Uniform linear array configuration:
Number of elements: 4
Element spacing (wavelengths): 0.75
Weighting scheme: hann
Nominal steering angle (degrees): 15
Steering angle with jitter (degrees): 16.831
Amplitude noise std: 0.05
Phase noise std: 0.05

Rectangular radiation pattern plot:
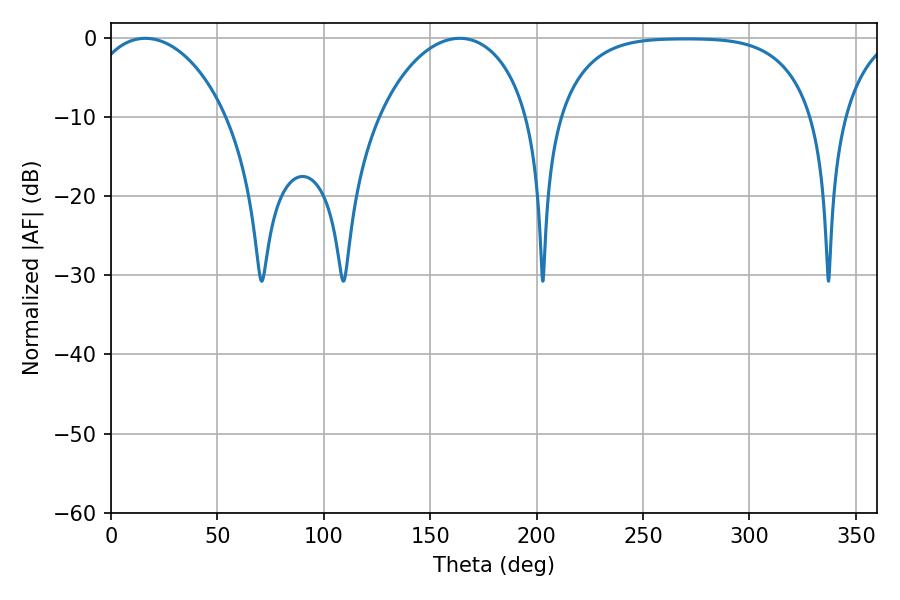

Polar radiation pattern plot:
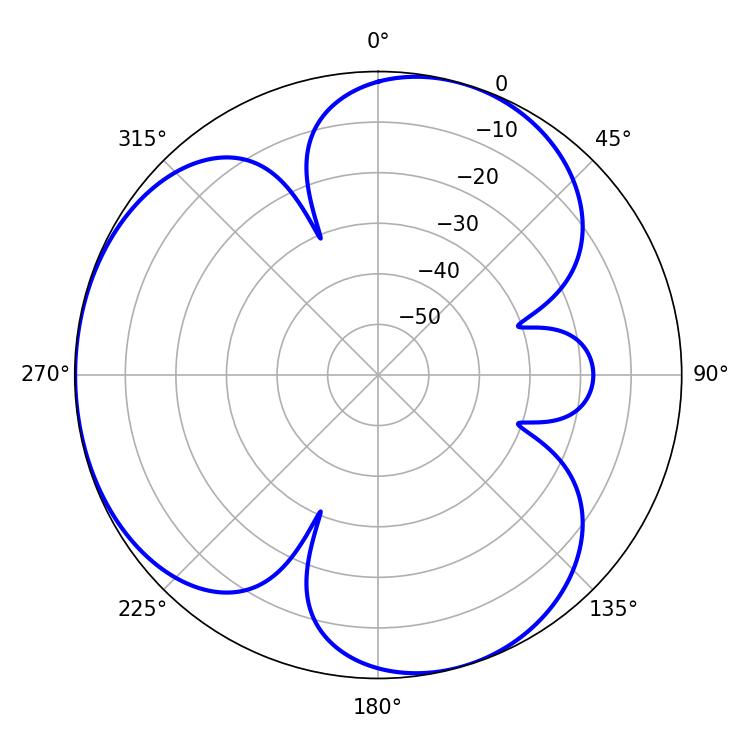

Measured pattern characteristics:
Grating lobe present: TRUE
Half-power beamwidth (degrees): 40.68
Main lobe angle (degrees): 163.8